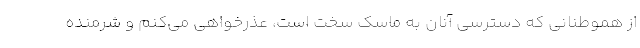
از هموطنانی که دسترسی آنان به ماسک سخت است، عذرخواهی می‌کنم و شرمنده